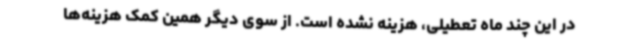
در این چند ماه تعطیلی، هزینه نشده است. از سوی دیگر همین کمک هزینه‌ها